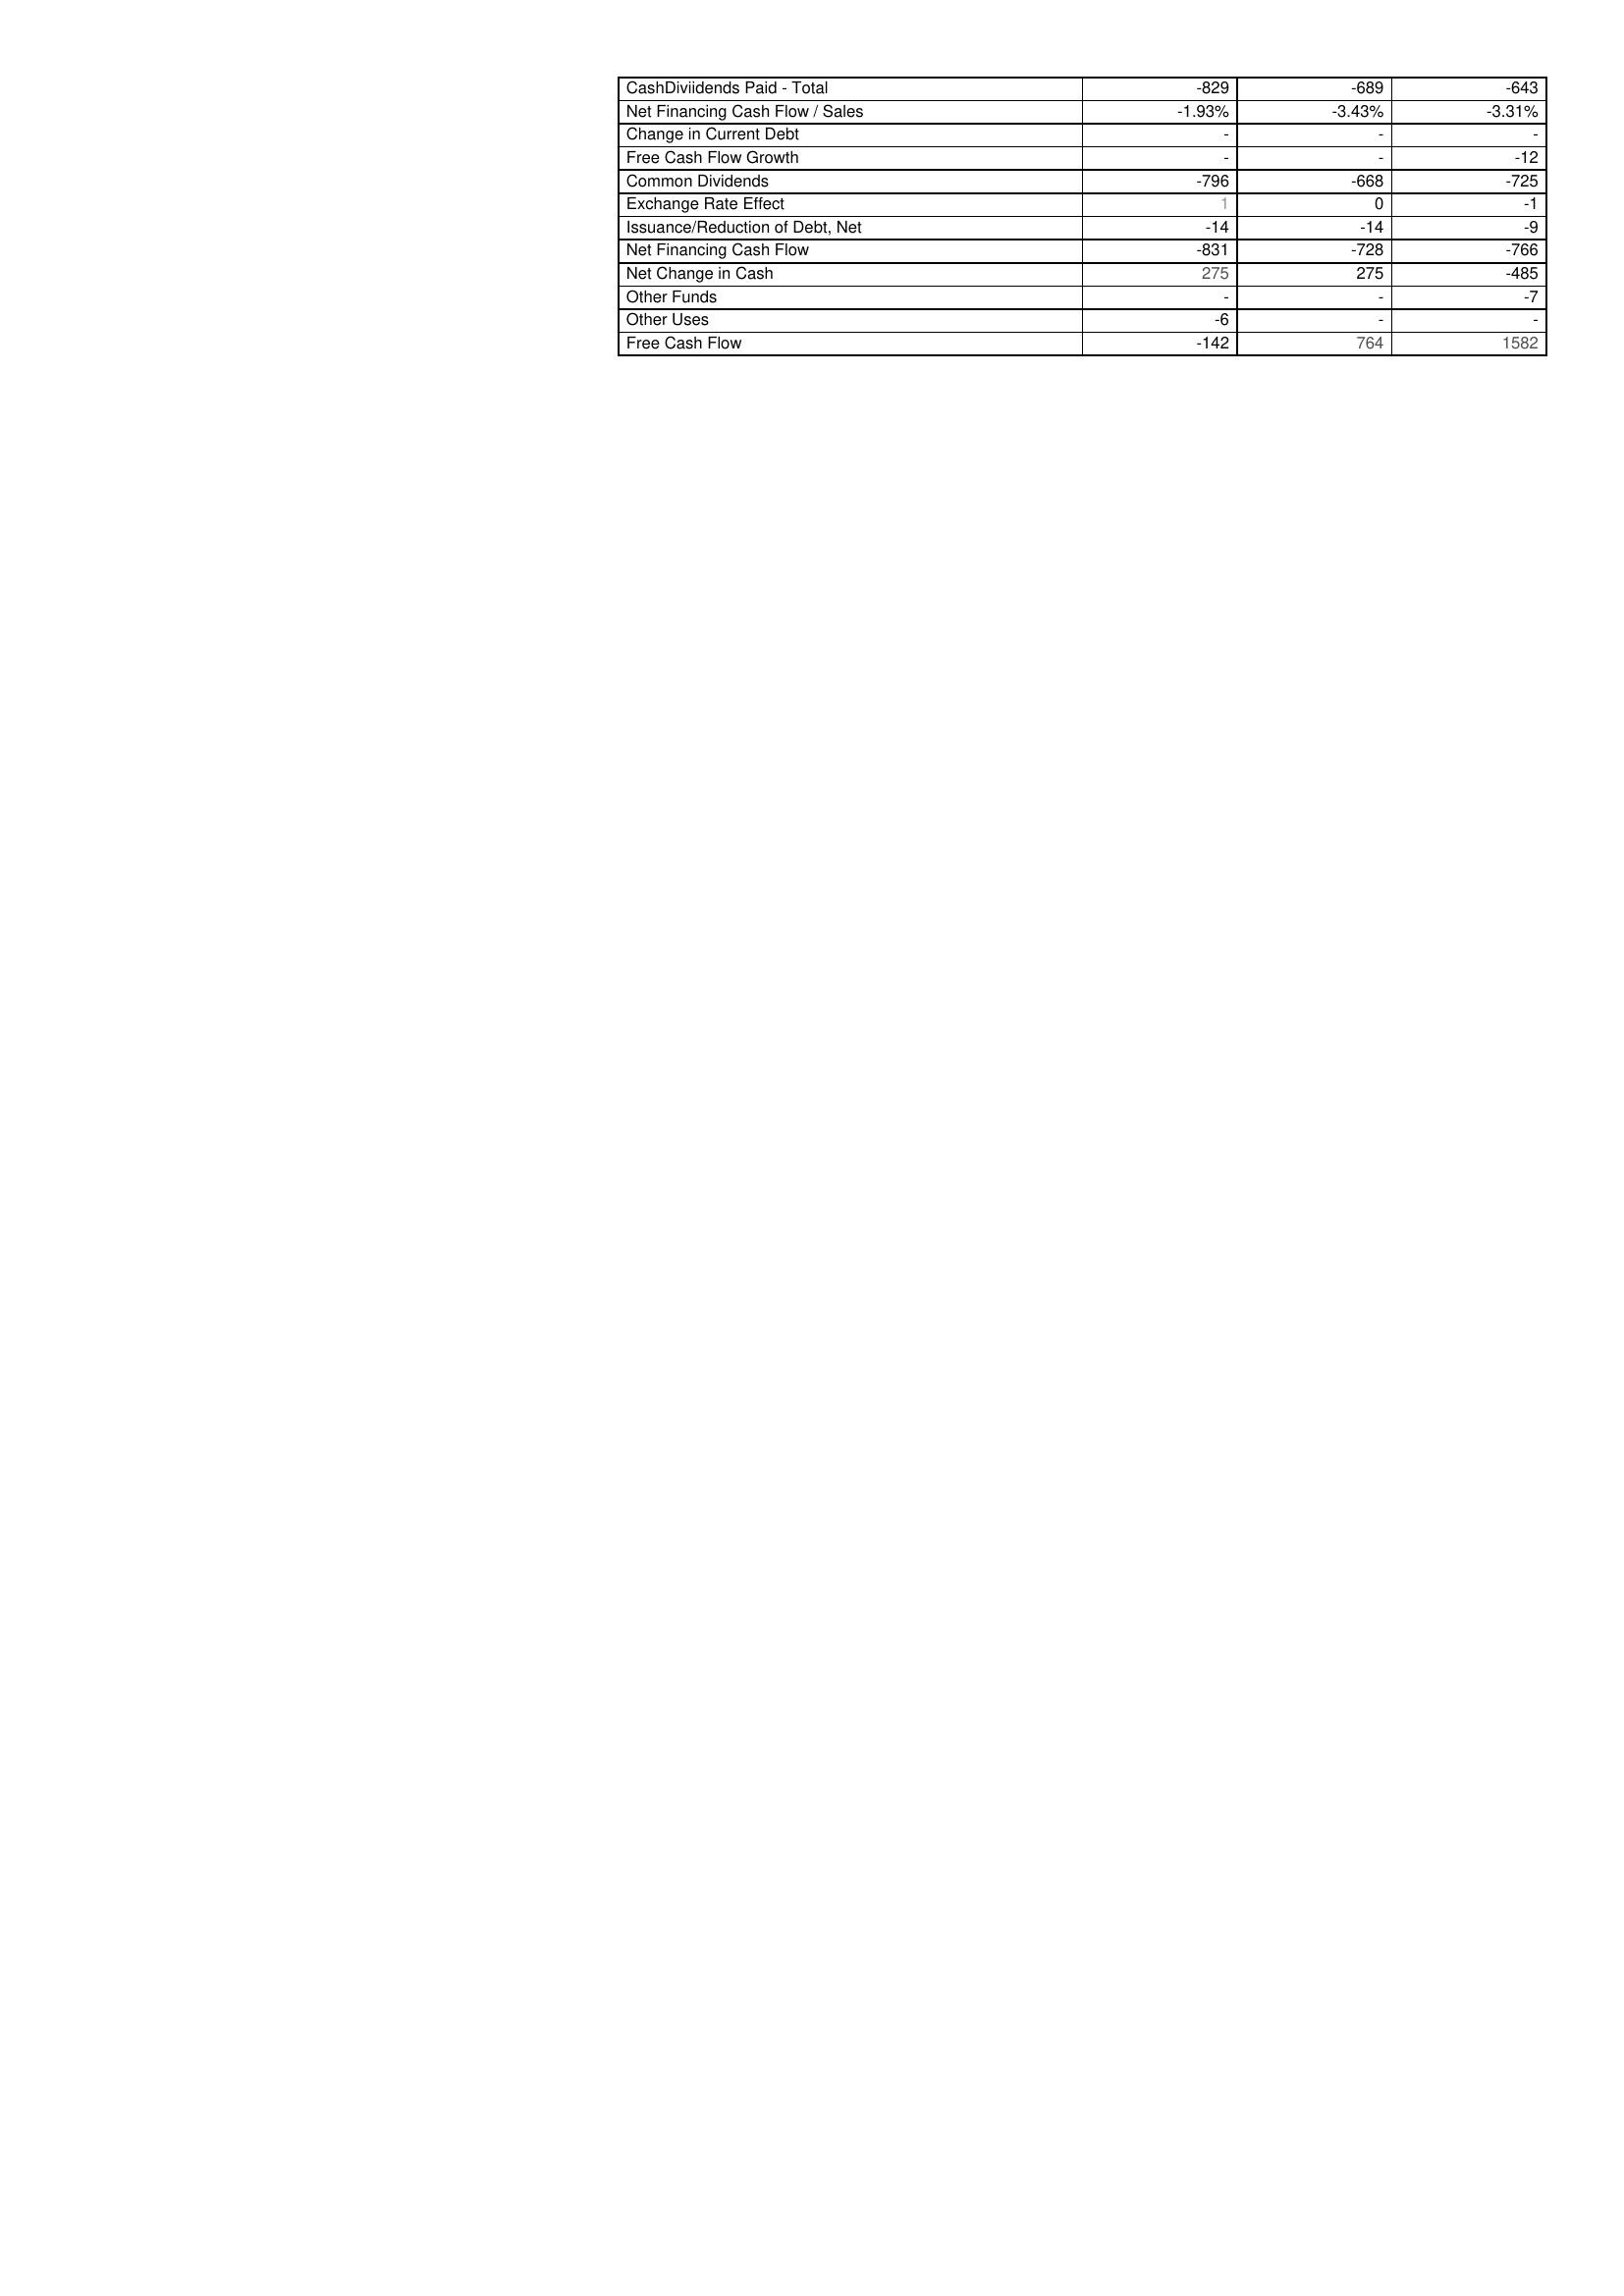
2021: Financing Activities: CashDiviidends Paid - Total: -829
Net Financing Cash Flow / Sales: -1.93%
Change in Current Debt: -
Free Cash Flow Growth: -
Common Dividends: -796
Exchange Rate Effect: 1
Issuance/Reduction of Debt, Net: -14
Net Financing Cash Flow: -831
Net Change in Cash: 275
Other Funds: -
Other Uses: -6
Free Cash Flow: -142
2020: Financing Activities: CashDiviidends Paid - Total: -689
Net Financing Cash Flow / Sales: -3.43%
Change in Current Debt: -
Free Cash Flow Growth: -
Common Dividends: -668
Exchange Rate Effect: 0
Issuance/Reduction of Debt, Net: -14
Net Financing Cash Flow: -728
Net Change in Cash: 275
Other Funds: -
Other Uses: -
Free Cash Flow: 764
2019: Financing Activities: CashDiviidends Paid - Total: -643
Net Financing Cash Flow / Sales: -3.31%
Change in Current Debt: -
Free Cash Flow Growth: -12
Common Dividends: -725
Exchange Rate Effect: -1
Issuance/Reduction of Debt, Net: -9
Net Financing Cash Flow: -766
Net Change in Cash: -485
Other Funds: -7
Other Uses: -
Free Cash Flow: 1582